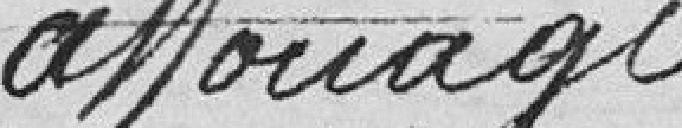
affouage